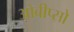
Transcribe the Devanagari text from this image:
ओबीप्‍सो